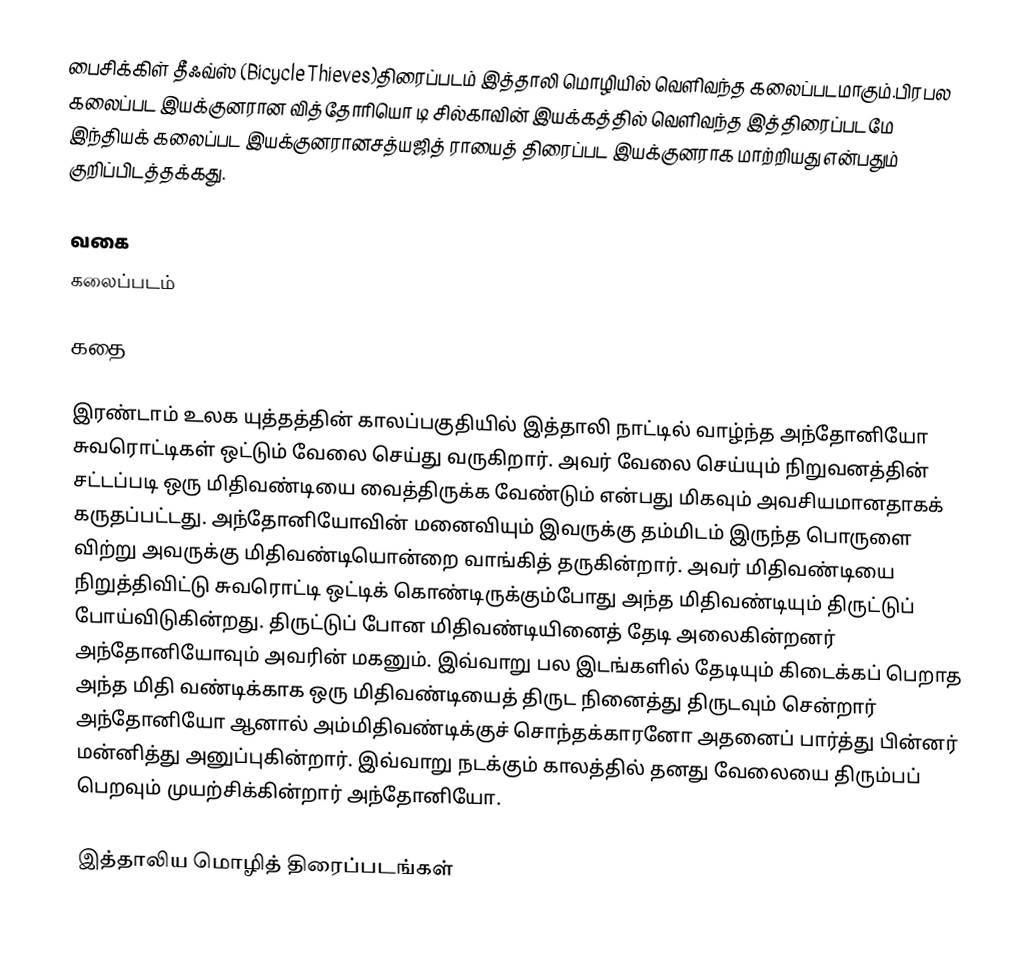
பைசிக்கிள் தீஃவ்ஸ் (Bicycle Thieves)திரைப்படம் இத்தாலி மொழியில் வெளிவந்த கலைப்படமாகும்.பிரபல கலைப்பட இயக்குனரான வித்தோரியொ டி சில்காவின் இயக்கத்தில் வெளிவந்த இத்திரைப்படமே இந்தியக் கலைப்பட இயக்குனரானசத்யஜித் ராயைத் திரைப்பட இயக்குனராக மாற்றியது என்பதும் குறிப்பிடத்தக்கது.

வகை
கலைப்படம்

கதை

இரண்டாம் உலக யுத்தத்தின் காலப்பகுதியில் இத்தாலி நாட்டில் வாழ்ந்த அந்தோனியோ சுவரொட்டிகள் ஒட்டும் வேலை செய்து வருகிறார். அவர் வேலை செய்யும் நிறுவனத்தின் சட்டப்படி ஒரு மிதிவண்டியை வைத்திருக்க வேண்டும் என்பது மிகவும் அவசியமானதாகக் கருதப்பட்டது. அந்தோனியோவின் மனைவியும் இவருக்கு தம்மிடம் இருந்த பொருளை விற்று அவருக்கு மிதிவண்டியொன்றை வாங்கித் தருகின்றார். அவர் மிதிவண்டியை நிறுத்திவிட்டு சுவரொட்டி ஒட்டிக் கொண்டிருக்கும்போது அந்த மிதிவண்டியும் திருட்டுப் போய்விடுகின்றது. திருட்டுப் போன மிதிவண்டியினைத் தேடி அலைகின்றனர் அந்தோனியோவும் அவரின் மகனும். இவ்வாறு பல இடங்களில் தேடியும் கிடைக்கப் பெறாத அந்த மிதி வண்டிக்காக ஒரு மிதிவண்டியைத் திருட நினைத்து திருடவும் சென்றார் அந்தோனியோ ஆனால் அம்மிதிவண்டிக்குச் சொந்தக்காரனோ அதனைப் பார்த்து பின்னர் மன்னித்து அனுப்புகின்றார். இவ்வாறு நடக்கும் காலத்தில் தனது வேலையை திரும்பப் பெறவும் முயற்சிக்கின்றார் அந்தோனியோ.

இத்தாலிய மொழித் திரைப்படங்கள்